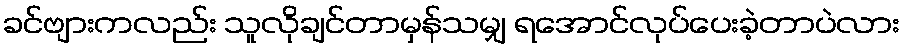
ခင်ဗျားကလည်း သူလိုချင်တာမှန်သမျှ ရအောင်လုပ်ပေးခဲ့တာပဲလား